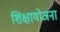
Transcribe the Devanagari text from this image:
शिक्षायोजना